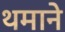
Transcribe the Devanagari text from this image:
थमाने